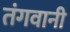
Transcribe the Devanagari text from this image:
तंगवानी